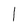
Character: 1